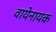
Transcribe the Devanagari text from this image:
वायेनायक